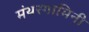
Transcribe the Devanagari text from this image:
मंथरगामिनी